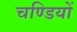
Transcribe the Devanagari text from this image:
चण्डियों